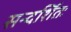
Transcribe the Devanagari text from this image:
सन्दर्शितः